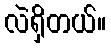
လဲရှိတယ်။